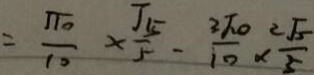
= \frac { \sqrt { 1 0 } } { 1 0 } \times \frac { \sqrt { 1 5 } } { 5 } - \frac { 3 \sqrt { 1 0 } } { 1 0 } \times \frac { 2 \sqrt { 5 } } { 5 }